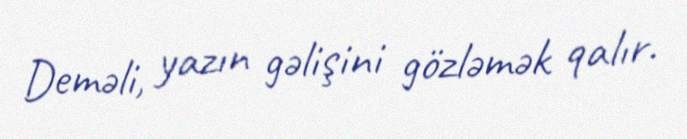
Deməli, yazın gəlişini gözləmək qalır.